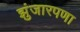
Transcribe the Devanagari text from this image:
झुंजारपणा